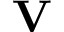
\mathbf { V }